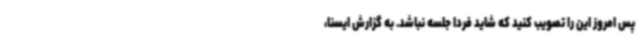
پس امروز این را تصویب کنید که شاید فردا جلسه نباشد. به گزارش ایسنا،